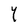
Character: Y